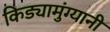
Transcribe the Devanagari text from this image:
किड्यामुंग्यानी